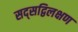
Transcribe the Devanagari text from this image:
सद्सद्विलक्षण